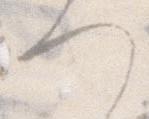
へ